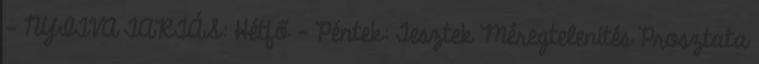
- NYITVA TARTÁS: Hétfő - Péntek: Tesztek Méregtelenítés Prosztata